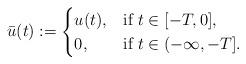
LaTeX: \begin{align*}\bar{u}(t):= \begin{cases}u(t),& \mbox{if } t \in [-T,0],\\ 0, & \mbox{if } t \in (-\infty,-T].\end{cases}\end{align*}